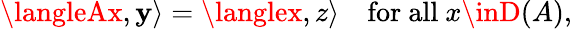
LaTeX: \langleAx,\mathbf{y}\rangle=\langlex,z\rangle\quad{\mathrm{{for~all~}}}x\inD(A),